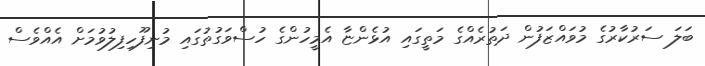
ބަލަ ސަރުކާރުގެ މުވައްޒަފުން ދަތުރެއްގެ މަތީގައި އުޅެންޏާ އެމީހުންގެ ހުސްވަގުތުގައި މުނިފޫހިފިލުވުމަށް އެއްވެސް